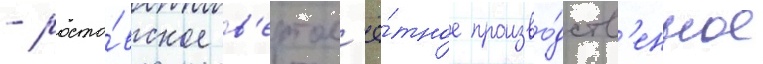
- росто́вское в'ертол'ё́тное произво́дств'енное